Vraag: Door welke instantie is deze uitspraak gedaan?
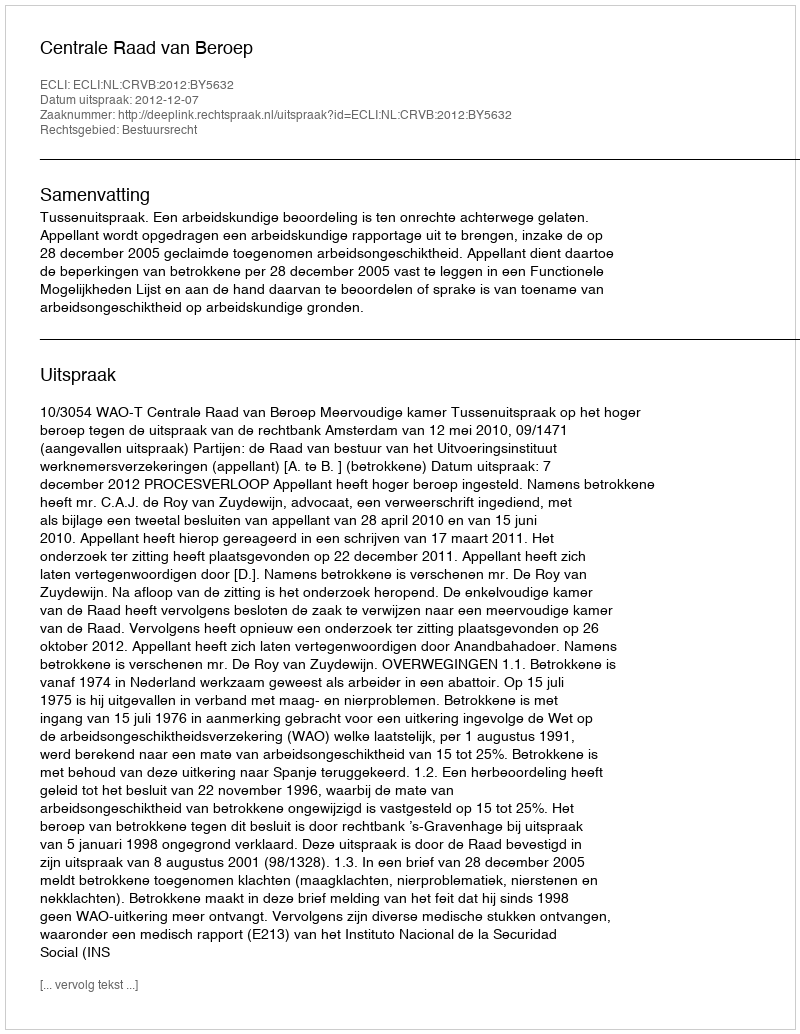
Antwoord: Centrale Raad van Beroep